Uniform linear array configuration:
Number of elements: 32
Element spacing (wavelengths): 0.25
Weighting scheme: hamming
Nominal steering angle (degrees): -30
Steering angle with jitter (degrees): -30.047
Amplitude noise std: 0.05
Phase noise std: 0.05

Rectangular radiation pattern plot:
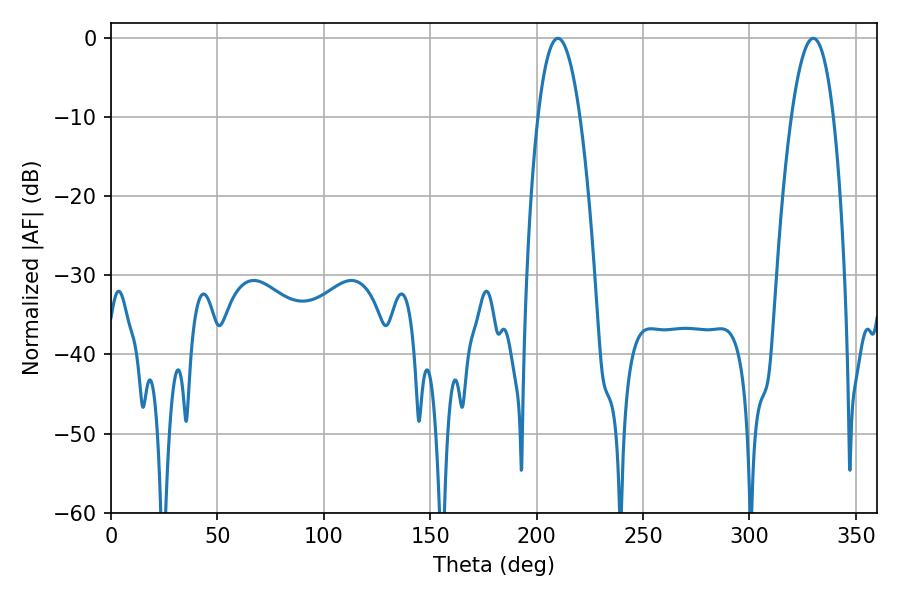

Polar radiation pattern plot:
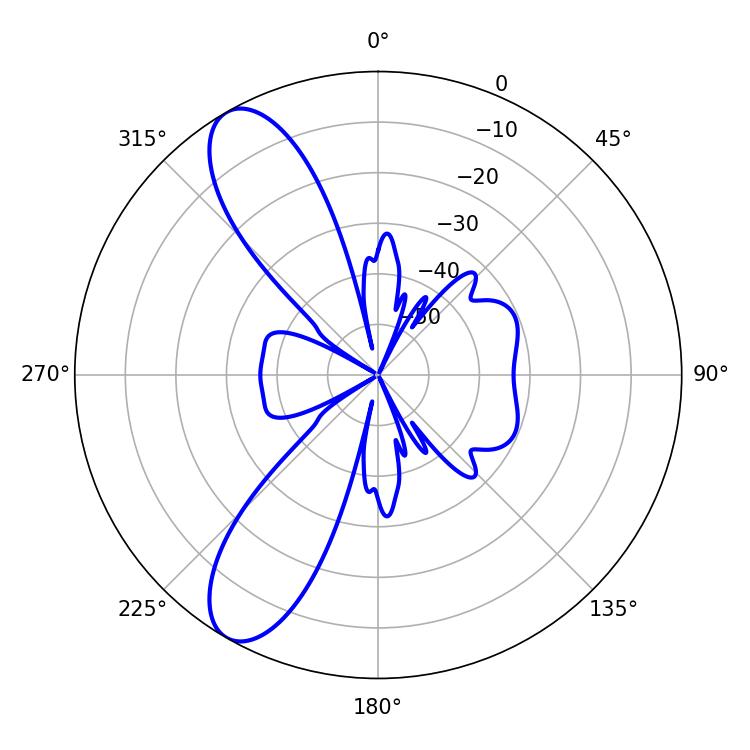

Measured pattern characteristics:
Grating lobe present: FALSE
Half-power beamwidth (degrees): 10.98
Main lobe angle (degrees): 329.94